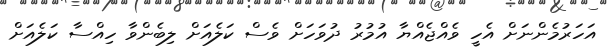
އަހަރުމެންނަށް އެހީ ވެއްޖެއްޔާ އުމުރު ދުވަހަށް ވެސް ކަލެއަށް ލިބެންވާ ހިއްސާ ކަލެއަށް